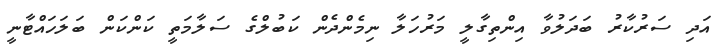
އަދި ސަރުކާރު ބަދަލުވާ އިންތިގާލީ މަރުހަލާ ނިމެންދެން ކަބުލްގެ ސަލާމަތީ ކަންކަން ބަލަހައްޓާނީ